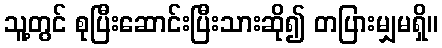
သူ့တွင် စုပြီးဆောင်းပြီးသားဆို၍ တပြားမျှမရှိ။